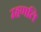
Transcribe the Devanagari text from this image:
म्हणति